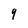
Character: q